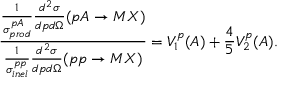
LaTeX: \frac { \frac { 1 } { \sigma _ { p r o d } ^ { p A } } \frac { d ^ { 2 } \sigma } { d p d \Omega } ( p A \rightarrow M X ) } { \frac { 1 } { \sigma _ { i n e l } ^ { p p } } \frac { d ^ { 2 } \sigma } { d p d \Omega } ( p p \rightarrow M X ) } = V _ { 1 } ^ { p } ( A ) + \frac { 4 } { 5 } V _ { 2 } ^ { p } ( A ) .